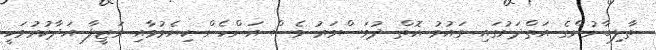
ތާލިބާނުންގެ އަތްދަށުގައި ގައުމު އޮތް ދުވަސްވަރު ވެސް އަންހެން ކިޔެވުމާއި ވަޒީފާ އަދާކުރުމަކީ